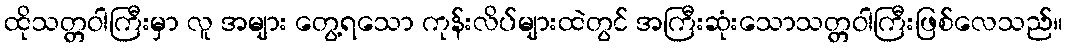
ထိုသတ္တဝါကြီးမှာ လူ အများ တွေ့ရသော ကုန်းလိပ်များထဲတွင် အကြီးဆုံးသောသတ္တဝါကြီးဖြစ်လေသည်။